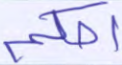
احكم